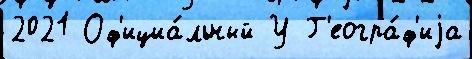
2021 Оф'ициа́льный У Г'еогра́ф'иjа